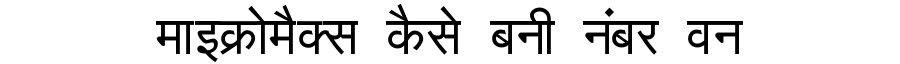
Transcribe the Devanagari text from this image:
माइक्रोमैक्स कैसे बनी नंबर वन